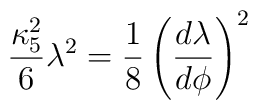
{\kappa_5^2\over6} \lambda^2 = {1\over8} \left( {d\lambda \over d\phi} \right)^2